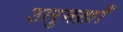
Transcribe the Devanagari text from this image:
उलुगख़ाँ